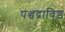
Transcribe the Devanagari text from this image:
पञ्चद्राविड